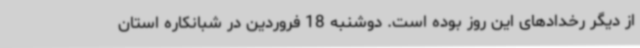
از دیگر رخدادهای این روز بوده است. دوشنبه 18 فروردین در شبانکاره استان